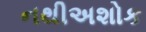
નથીઅશોક